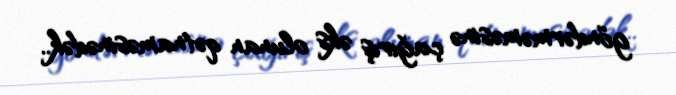
göndərməməsinə çağırış əks olunan qətnaməsinədək..